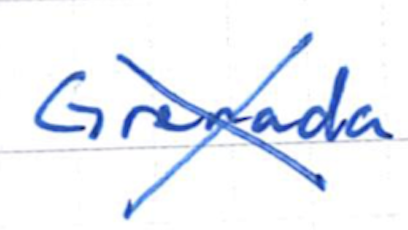
Text: Grenada
Cross-out: cross
Writing tool: ballpoint